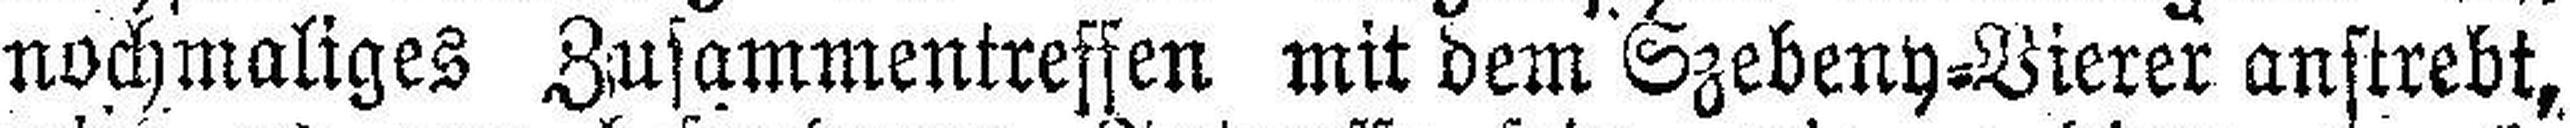
nochmaliges Zusammentreffen mit dem Szebeny=Bierer anstrebt,